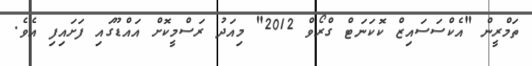
ތަމްރީން "އެކްސަސައިޒް ކޮކަނަޓް ގްރޯވް 2012" މިއަދު ރަސްމީކޮށް އައްޑޫގައި ފަށައިފި އެވެ.